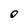
Character: O